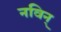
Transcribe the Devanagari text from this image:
नविन्